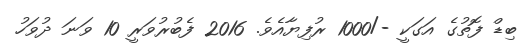
ބިޑް ފޮތުގެ އަގަކީ -/1000 ރުފިޔާއެވެ. 2016 ފެބުރުވަރީ 10 ވަނަ ދުވަހު